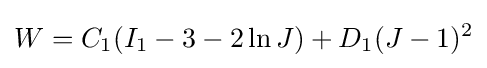
W=C_{1}(I_{1}-3-2\ln J)+D_{1}(J-1)^{2}